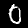
Label: 0